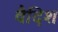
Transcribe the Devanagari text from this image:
वैदिश